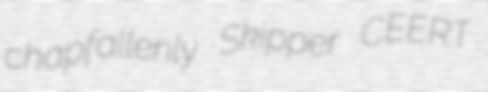
chapfallenly Skipper CEERT